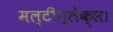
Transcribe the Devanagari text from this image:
मल्टीप्लेक्स।